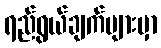
ရည်ရွယ်ချက်များမှာ